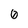
Character: 0